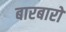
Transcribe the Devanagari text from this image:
बारबारो